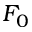
F _ { 0 }